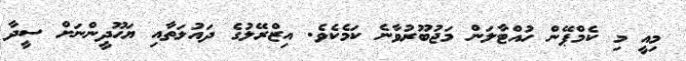
މިއީ މި ކެމްޕޭން ހުއްޓާލަން މަޖުބޫރުވާނެ ކަމެކެވެ. އިޒްރޭލުގެ ދައުލަތާއި ޔަހޫދީންނަށް ސީދާ